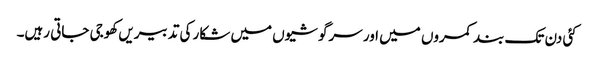
کئی دن تک بند کمروں میں اور سرگوشیوں میں شکار کی تدبیریں کھوجی جاتی رہیں۔